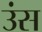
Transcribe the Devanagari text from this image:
उंस